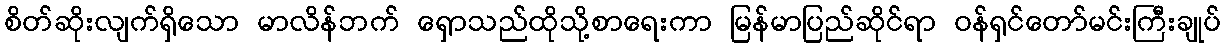
စိတ်ဆိုးလျက်ရှိသော မာလိန်ဘက် ရှောသည်ထိုသို့စာရေးကာ မြန်မာပြည်ဆိုင်ရာ ဝန်ရှင်တော်မင်းကြီးချုပ်